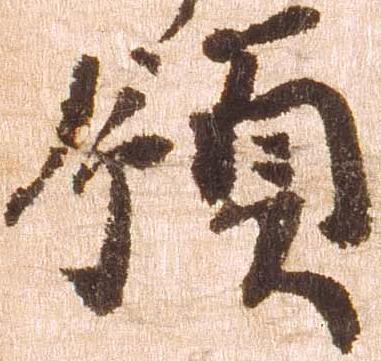
領